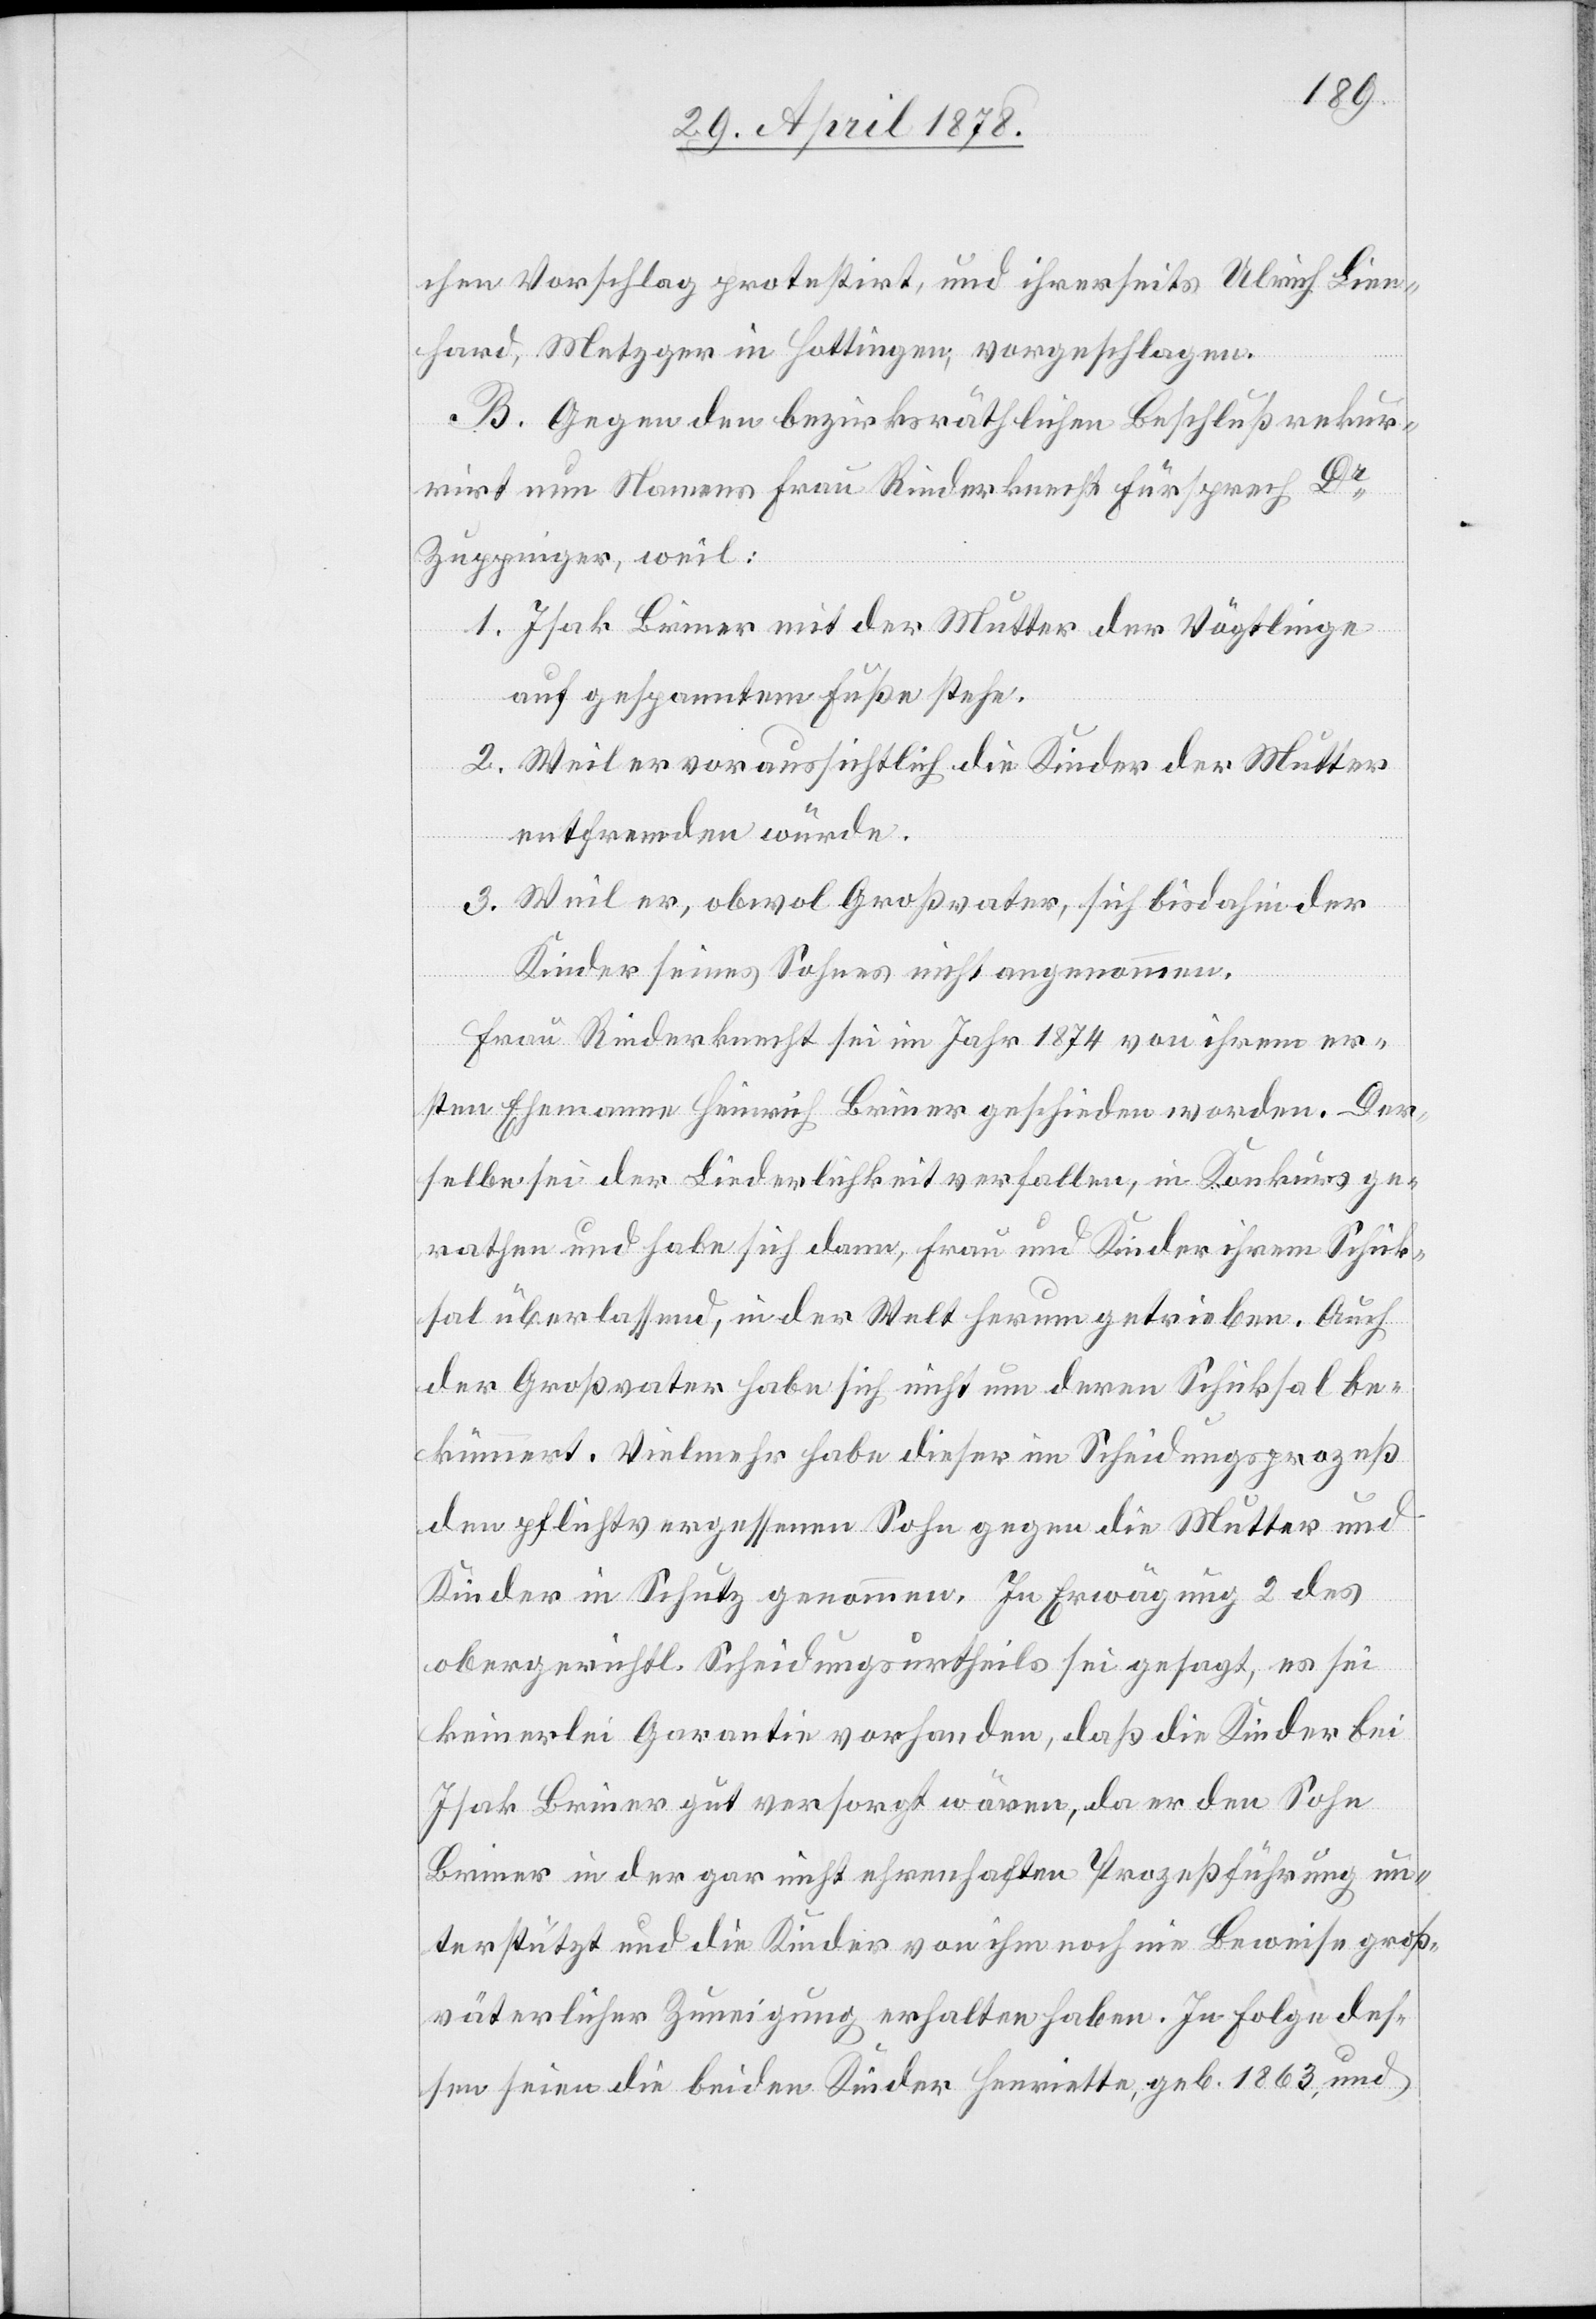
chen Vorschlag protestirt, und ihrerseits Ulrich Lien¬
hard, Metzger in Hottingen, vorgeschlagen.
B. Gegen den bezirksräthlichen Beschluß rekur¬
rirt nun Namens Frau Rinderknecht Fürsprech Dr
Zuppinger, weil:
1. Isak Briner mit der Mutter der Vögtlinge
auf gespanntem Fuße stehe.
2. Weil er voraussichtlich die Kinder der Mutter
entfremden würde.
3. Weil er, obwol Großvater, sich bisdahin der
Kinder seines Sohnes nicht angenommen.
Frau Rinderknecht sei im Jahr 1874 von ihrem er¬
sten Ehemanne Heinrich Briner geschieden worden. Der¬
selbe sei der Liederlichkeit verfallen, in Konkurs ge¬
rathen und habe sich dann, Frau und Kinder ihrem Schick¬
sal überlassend, in der Welt herumgetrieben. Auch
der Großvater habe sich nicht um deren Schicksal be¬
kümmert. Vielmehr habe dieser im Scheidungsprozeß
den pflichtvergessenen Sohne gegen die Mutter und
Kinder in Schutz genommen. In Erwägung 2 des
obergerichtl. Scheidungsurtheils sei gesagt, es sei
keinerlei Garantie vorhanden, daß die Kinder bei
Isak Briner gut versorgt wären, da er den Sohn
Briner in der gar nicht ehrenhaften Prozessführung un¬
terstützt und die Kinder von ihm noch nie Beweise groß¬
väterlicher Zuneigung erhalten haben. In Folge des¬
sen seien die beiden Kinder Henriette, geb. 1863, und